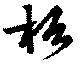
杉